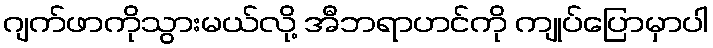
ဂျက်ဖာကိုသွားမယ်လို့ အီဘရာဟင်ကို ကျုပ်ပြောမှာပါ